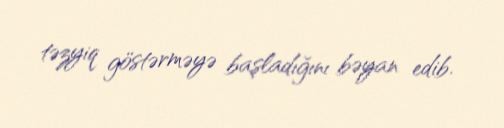
təzyiq göstərməyə başladığını bəyan edib.